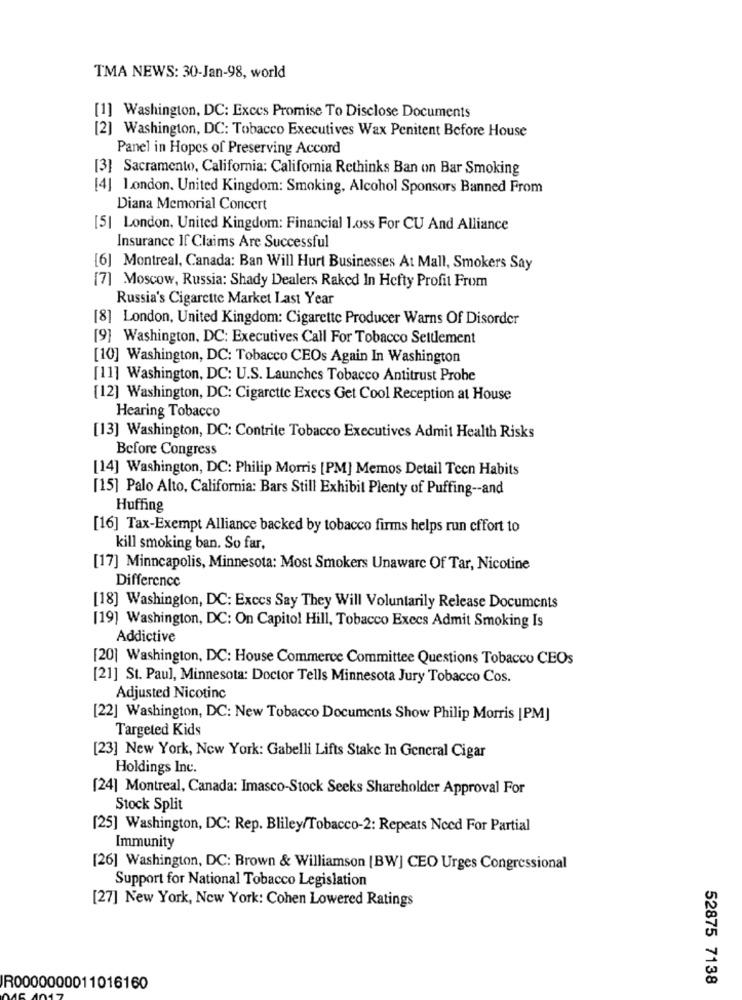
TMA NEWS: 30-Jan-98, world
[1] Washington, DC: Exces Promise To Disclose Documents
[2] Washington, DC: Tobacco Executives Wax Penitent Before House
Panel in Hopes of Preserving Accord
[3] Sacramento, California: California Rethinks Ban on Bar Smoking
[4] London. United Kingdom: Smoking, Alcohol Sponsors Banned From
Diana Memorial Concert
[5| London, United Kingdom: Financial 1.oss For CU And Alliance
Insurance If Claims Are Successful
[6] Montreal, Canada: Ban Will Hurt Businesses At Mall, Smokers Say
[7] Moscow, Russia: Shady Dealers Raked In Hefty Profit From
Russia's Cigarette Market Last Year
[8] London, United Kingdom: Cigarette Producer Warns Of Disorder
[9] Washington, DC: Executives Call For Tobacco Settlement
[10] Washington, DC: Tobacco CEOs Again In Washington
[11] Washington, DC: U.S. Launches Tobacco Antitrust Probe
[12] Washington, DC: Cigarette Execs Get Cool Reception at House
Hearing Tobacco
[13] Washington, DC: Contrite Tobacco Executives Admit Health Risks
Before Congress
[14] Washington, DC: Philip Morris [PM] Memos Detail Teen Habits
[15] Palo Alto, California: Bars Still Exhibit Plenty of Puffing -- and
Huffing
[16] Tax-Exempt Alliance backed by tobacco firms helps run effort to
kill smoking ban. So far,
[17] Minneapolis, Minnesota: Most Smokers Unaware Of Tar, Nicotine
Difference
[18] Washington, DC: Exccs Say They Will Voluntarily Release Documents
[19] Washington, DC: On Capitol Hill, Tobacco Execs Admit Smoking Is
Addictive
[20] Washington, DC: House Commerce Committee Questions Tobacco CEOs
[21] St. Paul, Minnesota: Doctor Tells Minnesota Jury Tobacco Cos.
Adjusted Nicotinc
[22] Washington, DC: New Tobacco Documents Show Philip Morris [ PM]
Targeted Kids
[23] New York, New York: Gabelli Lifts Stake In General Cigar
Holdings Inc.
[24] Montreal, Canada: Imasco-Stock Seeks Shareholder Approval For
Stock Split
[25] Washington, DC: Rep. Bliley/Tobacco-2: Repeats Need For Partial
Immunity
[26] Washington, DC: Brown & Williamson [BW] CEO Urges Congressional
Support for National Tobacco Legislation
[27] New York, New York: Cohen Lowered Ratings
52875 7138
JR0000000011016160